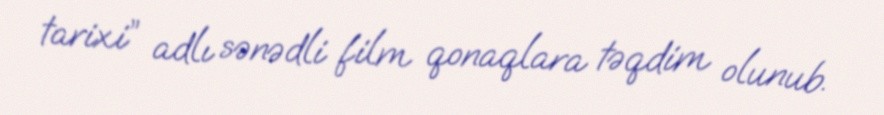
tarixi” adlı sənədli film qonaqlara təqdim olunub.